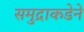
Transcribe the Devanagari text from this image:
समुद्राकडेने